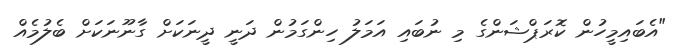
"އެބައިމީހުން ކޮރަޕްޝަންގެ މި ނުބައި އަމަލު ހިންގަމުން ދަނީ ދީނަކަށް ގާނޫނަކަށް ބެލުމެއް